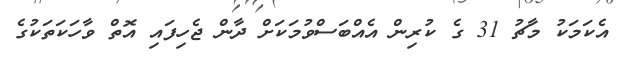
އެކަމަކު މާޗު 31 ގެ ކުރިން އެއްބަސްވުމަކަށް ދާން ޖެހިފައި އޮތް ވާހަކަތަކުގެ